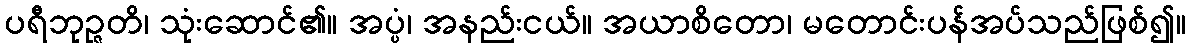
ပရီဘုဉ္ဇတိ၊ သုံးဆောင်၏။ အပ္ပံ၊ အနည်းငယ်။ အယာစိတော၊ မတောင်းပန်အပ်သည်ဖြစ်၍။